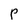
Character: P